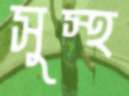
সুস্থ